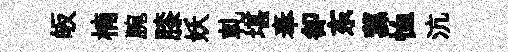
皈楠腕膝妖軋堪奉卻东蓀恤沆